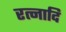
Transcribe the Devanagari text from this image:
रत्नादि